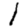
Digit: 1